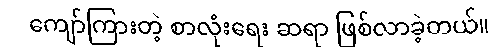
ကျော်ကြားတဲ့ စာလုံးရေး ဆရာ ဖြစ်လာခဲ့တယ်။